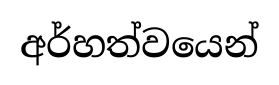
අර්හත්වයෙන්